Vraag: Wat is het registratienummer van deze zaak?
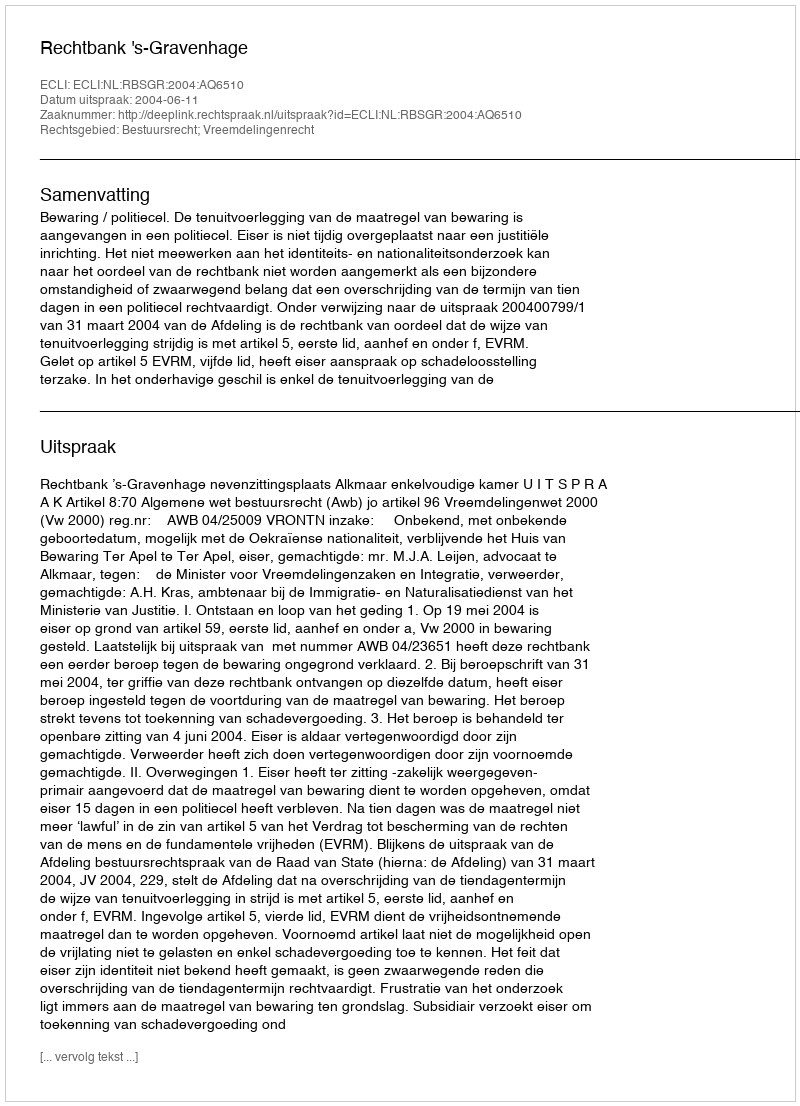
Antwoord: http://deeplink.rechtspraak.nl/uitspraak?id=ECLI:NL:RBSGR:2004:AQ6510